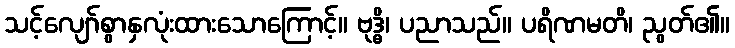
သင့်လျော်စွာနှလုံးထားသောကြောင့်။ ဗုဒ္ဓိ၊ ပညာသည်။ ပရိဏမတိ၊ ညွတ်၏။